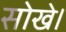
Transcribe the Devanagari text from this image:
सोखे।